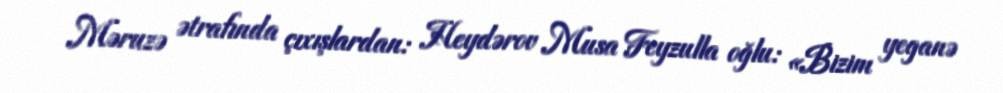
Məruzə ətrafında çıxışlardan: Heydərov Musa Feyzulla oğlu: «Bizim yeganə